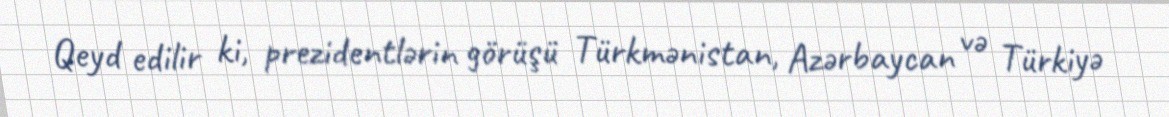
Qeyd edilir ki, prezidentlərin görüşü Türkmənistan, Azərbaycan və Türkiyə